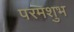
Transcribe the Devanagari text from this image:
परमशुभ